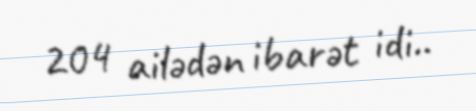
204 ailədən ibarət idi..